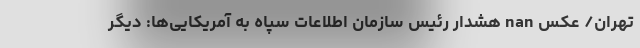
تهران/ عکس nan هشدار رئیس سازمان اطلاعات سپاه به آمریکایی‌ها: دیگر